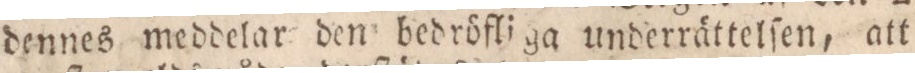
dennes meddelar den bedröfliga underrättelſen, att